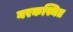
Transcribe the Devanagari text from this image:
नरकस्थित